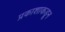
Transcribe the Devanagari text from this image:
प्रकाशाकडून